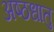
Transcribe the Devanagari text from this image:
अष्ठधातु